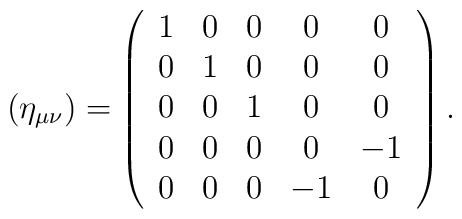
({\eta }_{\mu \nu })=\left( \begin{array}{ccccc}1 & 0 & 0 & 0 & 0 \\ 0 & 1 & 0 & 0 & 0 \\ 0 & 0 & 1 & 0 & 0 \\ 0 & 0 & 0 & 0 & -1 \\ 0 & 0 & 0 & -1 & 0\end{array}\right) .